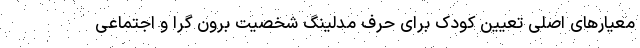
معیارهای اصلی تعیین کودک برای حرف مدلینگ شخصیت برون گرا و اجتماعی